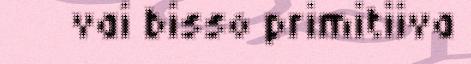
vai bisso primitiiva